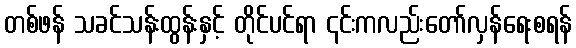
တစ်ဖန် သခင်သန်းထွန်းနှင့် တိုင်ပင်ရာ ၎င်းကလည်းတော်လှန်ရေးစရန်